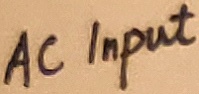
Text: AC Input